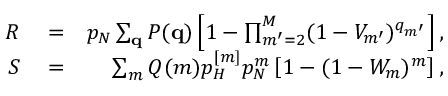
\begin{array} { r l r } { R } & { { } = } & { p _ { N } \sum _ { { \bf q } } P ( { \bf q } ) \left[ 1 - \prod _ { m ^ { \prime } = 2 } ^ { M } ( 1 - V _ { m ^ { \prime } } ) ^ { q _ { m ^ { \prime } } } \right] , } \\ { S } & { { } = } & { \sum _ { m } Q ( m ) p _ { H } ^ { [ m ] } p _ { N } ^ { m } \left[ 1 - ( 1 - W _ { m } ) ^ { m } \right] , } \end{array}